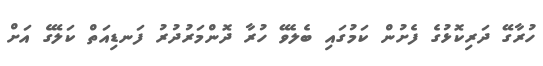
ހުރާގޭ ދަރިކޮޅުގެ ފެށުން ކަމުގައި ބެލެވޭ ހުރާ ދޮންމަރުދުރު ފަނޑިއަތް ކަލޭގެ އަށް